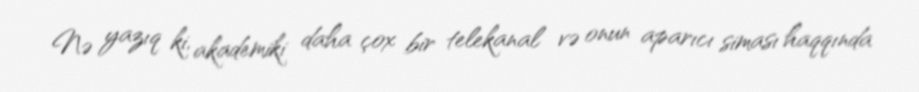
Nə yazıq ki, akademiki daha çox bir telekanal və onun aparıcı siması haqqında